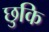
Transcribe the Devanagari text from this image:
छुकि